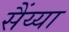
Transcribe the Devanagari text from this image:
सैंय्या